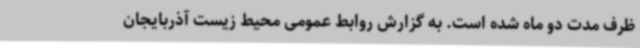
ظرف مدت دو ماه شده است. به گزارش روابط عمومی محیط‌ زیست آذربایجان